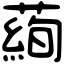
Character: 𦻖